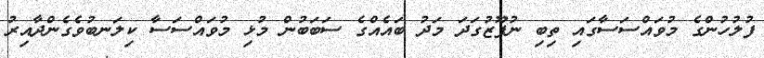
ފުލުހުންގެ މުވައްސަސާގައި ތިބި ނުފޫޒުގަދަ މަދު ބައެއްގެ ސަބަބުން މުޅި މުވައްސަސާ ކިލަނބުވެގެންދާއިރު